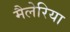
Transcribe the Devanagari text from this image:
मैलेरिया